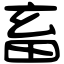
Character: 畜